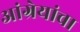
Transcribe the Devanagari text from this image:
आंग्रेयांचा